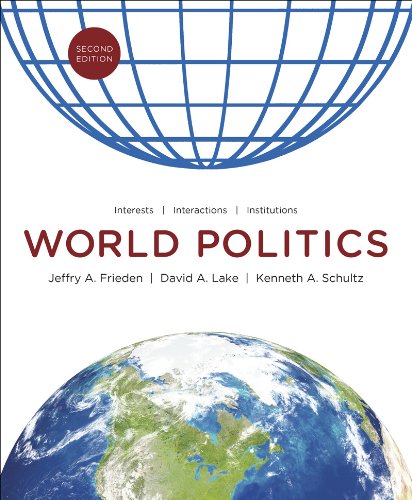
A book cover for World Politics: Interests, Interactions, Institutions (Second Edition); Jeffry A. Frieden; Politics & Social Sciences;